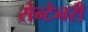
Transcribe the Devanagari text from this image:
सेन्टेनरी